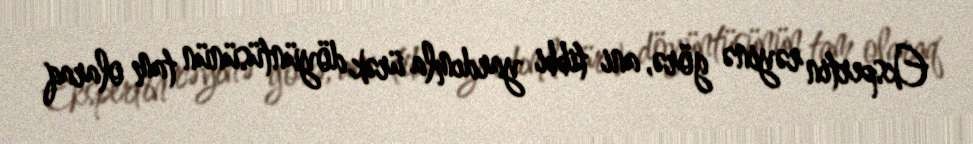
Ekspertin rəyinə görə, ani tibbi yardımla ürək döyüntüsünün tam olaraq